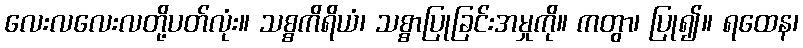
လေးလလေးလတို့ပတ်လုံး။ သစ္စကိရိယံ၊ သစ္စာပြုခြင်းအမှုကို။ ကတွာ၊ ပြု၍။ ရထေန၊